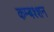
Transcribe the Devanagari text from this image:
कम्बश्शन